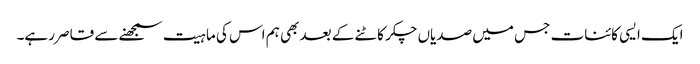
ایک ایسی کائنات جس میں صدیاں چکر کاٹنے کے بعد بھی ہم اس کی ماہیت سمجھنے سے قاصر رہے۔